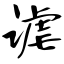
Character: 谑